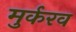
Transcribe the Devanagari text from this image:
मुर्करव